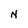
Character: N